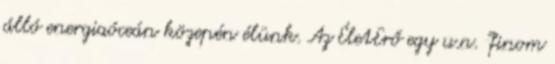
álló energiaóceán közepén élünk. Az ÉletErő egy u.n. "finom